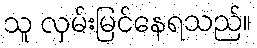
သူ လှမ်းမြင်နေရသည်။